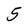
Character: 5